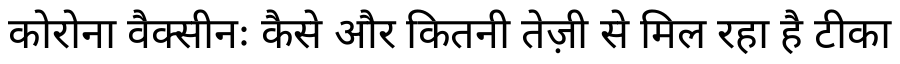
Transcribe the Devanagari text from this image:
कोरोना वैक्सीनः कैसे और कितनी तेज़ी से मिल रहा है टीका